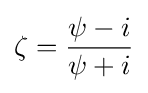
\zeta ={\frac {\psi -i}{\psi +i}}